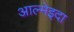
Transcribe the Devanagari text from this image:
आल्मेइदा